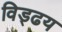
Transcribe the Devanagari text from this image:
विड्ढय